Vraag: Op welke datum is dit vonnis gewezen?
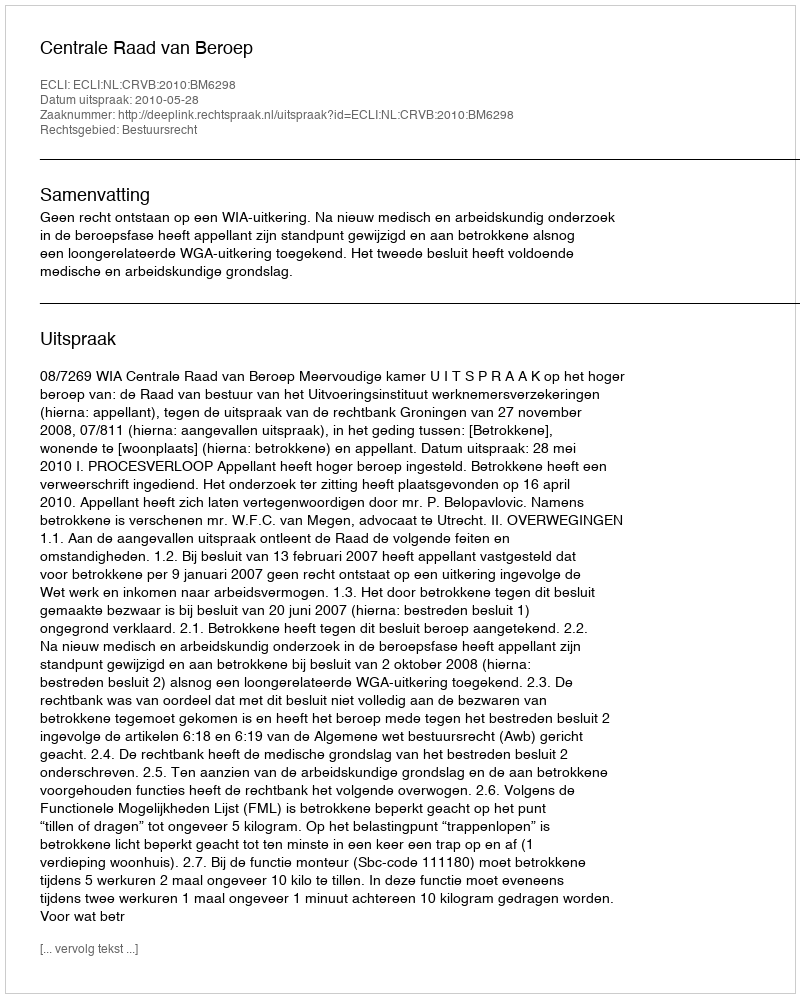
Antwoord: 2010-05-28